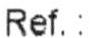
REF. :